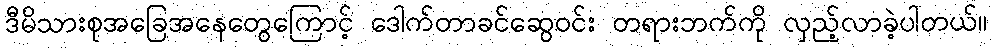
ဒီမိသားစုအခြေအနေတွေကြောင့် ဒေါက်တာခင်ဆွေဝင်း တရားဘက်ကို လှည့်လာခဲ့ပါတယ်။